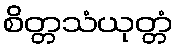
စိတ္တသံယုတ္တံ